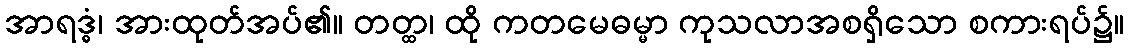
အာရဒ္ဓံ၊ အားထုတ်အပ်၏။ တတ္ထ၊ ထို ကတမေဓမ္မာ ကုသလာအစရှိသော စကားရပ်၌။